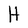
Character: H